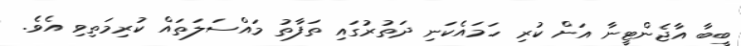
ބީބާ އާޖެންޓީނާ އަށް ކުރި ހަމައެކަނި ދަތުރުގައި ތަފާތު މައްސަލަތައް ކުރިމަތިވި އެވެ.